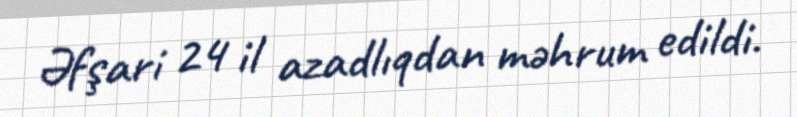
Əfşari 24 il azadlıqdan məhrum edildi.